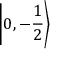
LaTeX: \left| 0 , - { \frac { 1 } { 2 } } \right\rangle